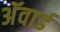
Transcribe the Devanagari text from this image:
अॅवार्ड